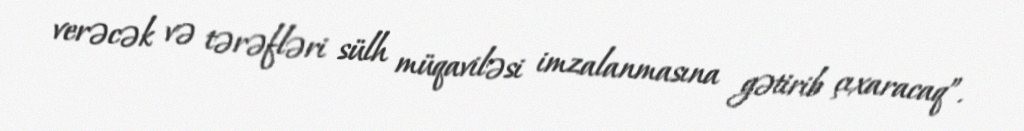
verəcək və tərəfləri sülh müqaviləsi imzalanmasına gətirib çıxaracaq”.